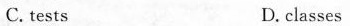
C. tests D. classes